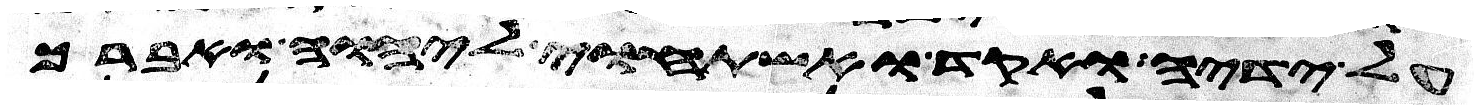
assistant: על ידיה ואקד ואשתחוי ליהוה ואברך